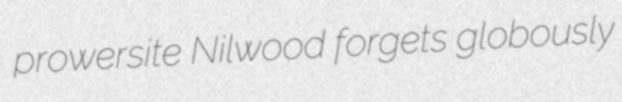
prowersite Nilwood forgets globously